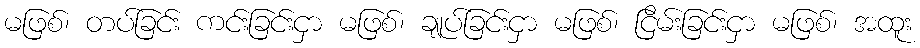
မဖြစ်၊ တပ်ခြင်း ကင်းခြင်းငှာ မဖြစ်၊ ချုပ်ခြင်းငှာ မဖြစ်၊ ငြိမ်းခြင်းငှာ မဖြစ်၊ အထူး